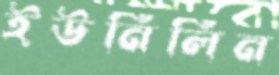
ইউনিলিন